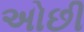
અોછી